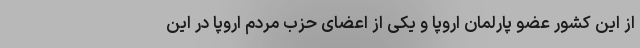
از این کشور عضو پارلمان اروپا و یکی از اعضای حزب مردم اروپا در این